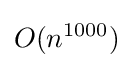
O(n^{1000})